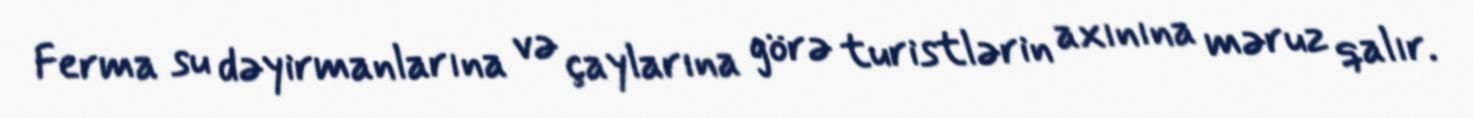
Ferma su dəyirmanlarına və çaylarına görə turistlərin axınına məruz qalır.